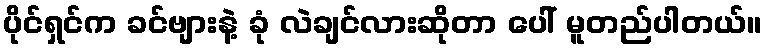
ပိုင်ရှင်က ခင်ဗျားနဲ့ ခုံ လဲချင်လားဆိုတာ ပေါ် မူတည်ပါတယ်။